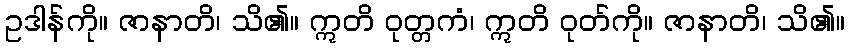
ဥဒါန်ကို။ ဇာနာတိ၊ သိ၏။ ဣတိ ဝုတ္တကံ၊ ဣတိ ဝုတ်ကို။ ဇာနာတိ၊ သိ၏။